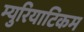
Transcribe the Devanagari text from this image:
म्युरियाटिकम